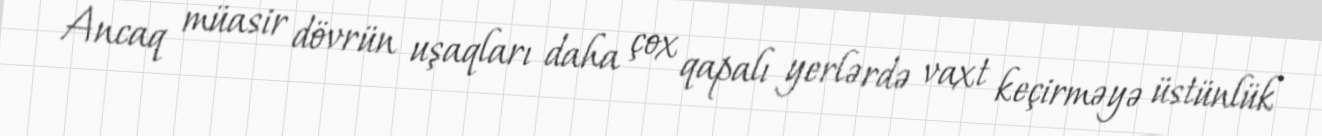
Ancaq müasir dövrün uşaqları daha çox qapalı yerlərdə vaxt keçirməyə üstünlük